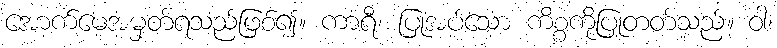
အောက်မေ့အမှတ်ရသည်ဖြစ်၍။ ကာရီ၊ ပြုအပ်သော ကိစ္စကိုပြုတတ်သည်။ ဝါ၊